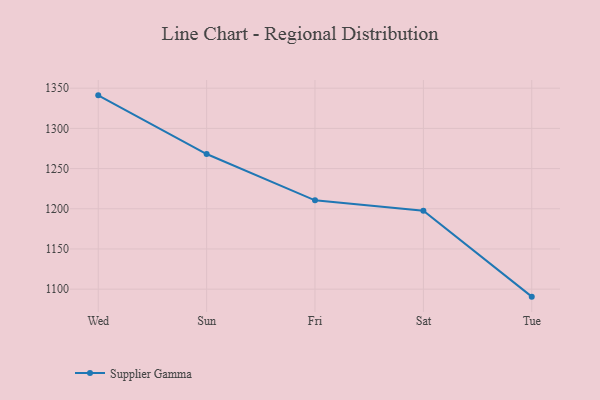
{"axis": {"x": "Day", "y": "Net Income (USD K)"}, "legend": ["Supplier Gamma"], "data": [{"x": "Wed", "y": 1341.1, "type": "Supplier Gamma"}, {"x": "Sun", "y": 1268.1, "type": "Supplier Gamma"}, {"x": "Fri", "y": 1210.5, "type": "Supplier Gamma"}, {"x": "Sat", "y": 1197.7, "type": "Supplier Gamma"}, {"x": "Tue", "y": 1090.7, "type": "Supplier Gamma"}]}